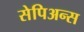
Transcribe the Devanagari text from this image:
सेपिअन्स